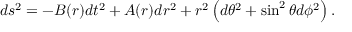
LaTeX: d s ^ { 2 } = - B ( r ) d t ^ { 2 } + A ( r ) d r ^ { 2 } + r ^ { 2 } \left( d \theta ^ { 2 } + \sin ^ { 2 } \theta d \phi ^ { 2 } \right) .